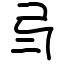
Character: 𢎥